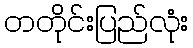
တတိုင်းပြည်လုံး